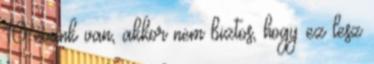
10 évünk van, akkor nem biztos, hogy ez lesz